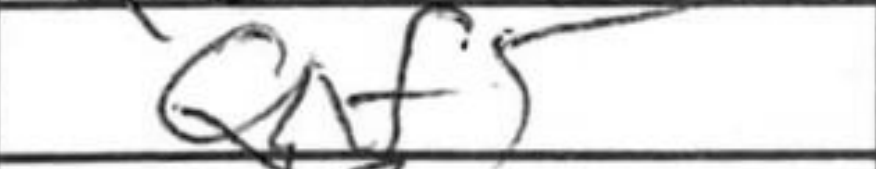
Transcription: Qxf5